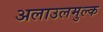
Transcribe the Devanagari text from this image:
अलाउलमुल्क